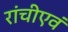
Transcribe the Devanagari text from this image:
रांचीएवं